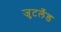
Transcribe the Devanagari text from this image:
जुटलँड